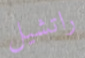
راتشيل